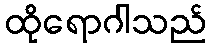
ထိုရောဂါသည်